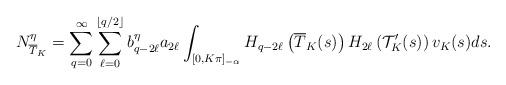
\begin{align*}N^{\eta}_{\overline{T}_K}=\sum^{\infty}_{q=0}\sum^{\left\lfloor q/2\right\rfloor}_{\ell=0}b^{\eta}_{q-2\ell}a_{2\ell}\int_{[0,K\pi]_{-\alpha}}H_{q-2\ell}\left(\overline{T}_K(s)\right)H_{2\ell}\left(\mathcal {T}^{\prime}_K(s)\right)v_K(s)ds.\end{align*}